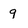
Character: g